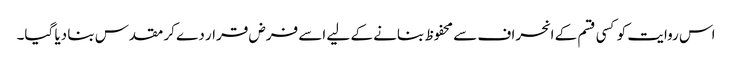
اس روایت کو کسی قسم کے انحراف سے محفوظ بنانے کے لیے اسے فرض قرار دے کر مقدس بنا دیا گیا۔